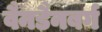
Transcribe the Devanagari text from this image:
वैनडैनबर्ग